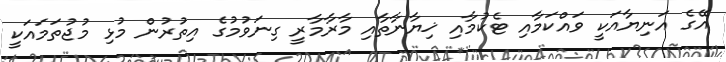
އޭގެ އަނިޔާއަކީ ވައްކަމާއި ޓެކުމާއި ޚިޔާނާތާއި މާރާމާރީ ގިނަވުމުގެ އިތުރުން މުޅި މުޖުތަމައަކީ